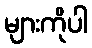
များကိုပါ